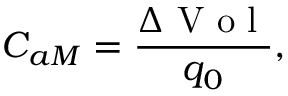
C _ { a M } = \frac { \Delta \textrm { V o l } } { q _ { 0 } } ,